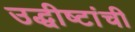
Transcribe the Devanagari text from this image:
उद्धीष्टांची